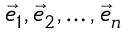
{ \vec { e } } _ { 1 } , { \vec { e } } _ { 2 } , \ldots , { \vec { e } } _ { n }